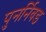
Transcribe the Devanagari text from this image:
पुनर्निवड